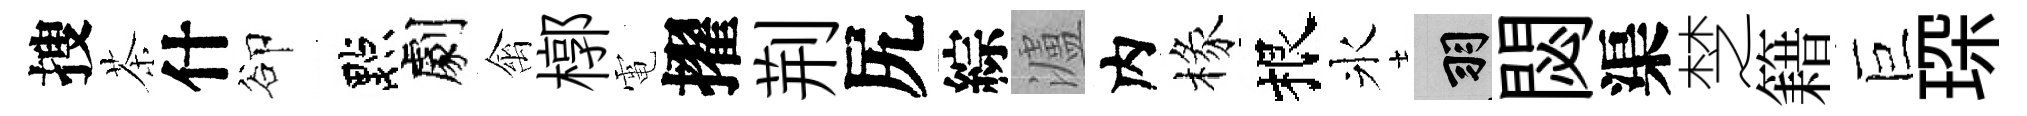
搜茶什卻點劇禽槨電擢荆尻綜瀘内椽根氷羽閟渠椘籍巨琛